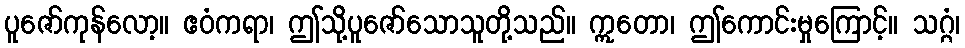
ပူဇော်ကုန်လော့။ ဧဝံကရာ၊ ဤသို့ပူဇော်သောသူတို့သည်။ ဣတော၊ ဤကောင်းမှုကြောင့်။ သဂ္ဂံ၊